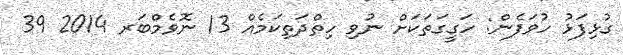
ގުޅިފަޅު ހުވަފެން: ހަގީގަތަކަށް ނުވި ހިތްދަތިކަމެއް 13 ނޮވެމްބަރ 2014 39